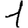
Digit: 1